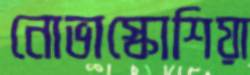
নোভাস্কোশিয়া